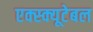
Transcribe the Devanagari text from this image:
एक्स्क्यूटेबल